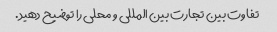
تفاوت بین تجارت بین المللی و محلی را توضیح دهید.